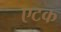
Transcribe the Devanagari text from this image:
एटक